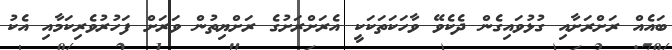
ބައެއް ރަށްރަށާއި ގުޅުވައިގެން ދެކެވޭ ވާހަކަތަކަކީ އެރަށްރަށުގެ ރަށްޔިތުން ވަރަށް ފަހުރުވެރިކަމާއި އެކު